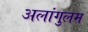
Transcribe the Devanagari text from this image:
अलांगुलम